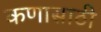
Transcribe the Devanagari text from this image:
कणासाठी